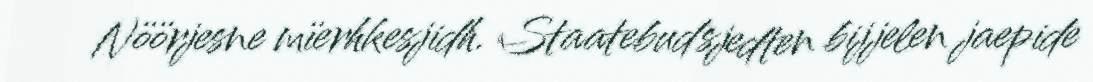
Nöörjesne mïerhkesjidh. Staatebudsjedten bijjelen jaepide